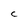
Character: C